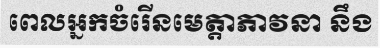
ពេលអ្នកចំរើនមេត្តាភាវនា នឹង